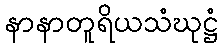
နာနာတူရိယသံဃုဋ္ဌံ